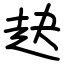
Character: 赽